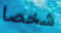
شخصا